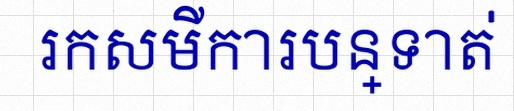
រកសមីការបន្ទាត់